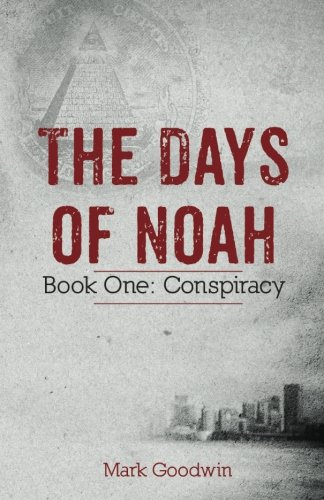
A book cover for The Days of Noah: Book One: Conspiracy (Volume 1); Mark Goodwin; Christian Books & Bibles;